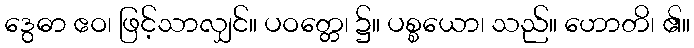
ဒွေဓာ ဧဝ၊ ဖြင့်သာလျှင်။ ပဝတ္တေ၊ ၌။ ပစ္စယော၊ သည်။ ဟောတိ၊ ၏။